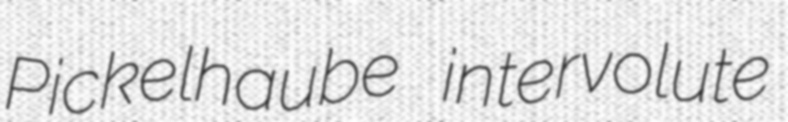
Pickelhaube intervolute